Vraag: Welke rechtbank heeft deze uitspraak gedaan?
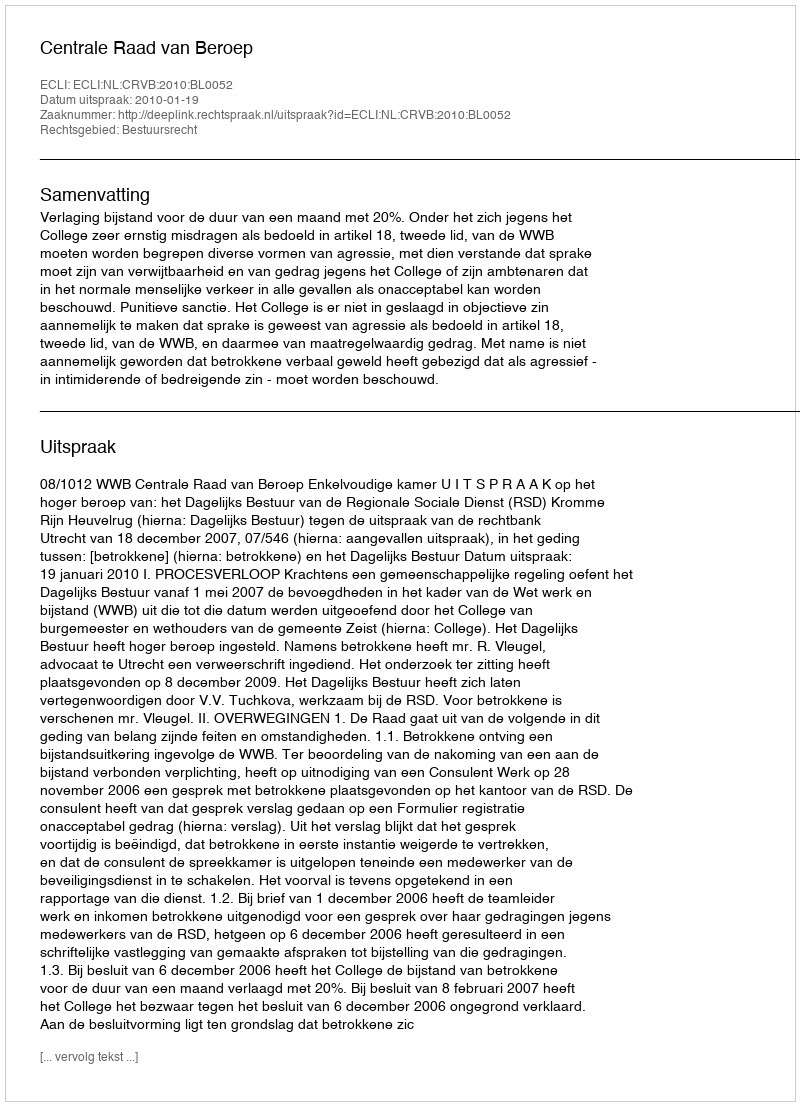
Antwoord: Centrale Raad van Beroep